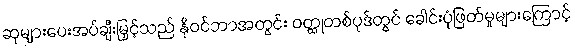
ဆုများပေးအပ်ချီးမြှင့်သည် နိုဝင်ဘာအတွင်း ဝတ္ထုတစ်ပုဒ်တွင် ခေါင်းပုံဖြတ်မှုများကြောင့်